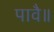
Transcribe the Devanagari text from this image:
पावै॥